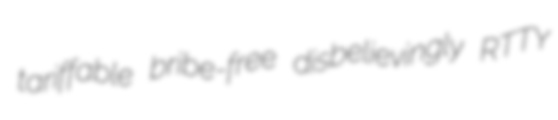
tariffable bribe-free disbelievingly RTTY